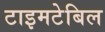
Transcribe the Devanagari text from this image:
टाइमटेबिल